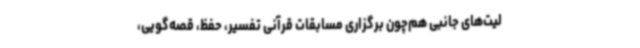
لیت‌های جانبی هم‌چون برگزاری مسابقات قرآنی تفسیر، حفظ، قصه‌گویی،